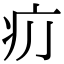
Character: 𤴮